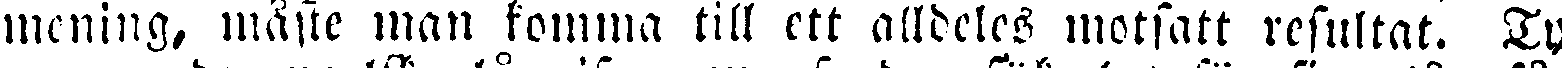
mening, måste man komma till ett alldeles motsatt resultat. Ty